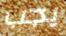
يجب